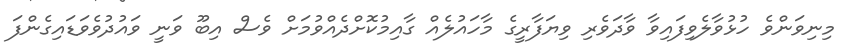
މިނިވަންވެ ހުޅުވާލެވިފައިވާ ވާދަވެރި ވިޔަފާރީގެ މާހައުލެއް ގާއިމުކޮށްދެއްވުމަށް ވެސް އިބޫ ވަނީ ވައުދުވެވަޑައިގެންފަ